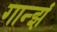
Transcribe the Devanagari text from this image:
गान्झं